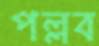
পল্লব